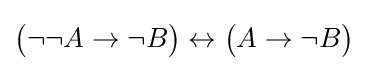
{\big (}\neg \neg A\to \neg B{\big )}\leftrightarrow {\big (}A\to \neg B{\big )}